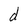
Character: d